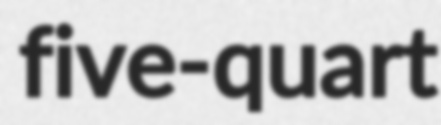
five-quart